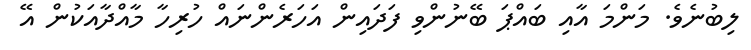
ލިބުނެވެ. މަންމަ އާއި ބައްޕަ ބޭނުންވި ފަދައިން އަހަރެންނައް ހުރިހާ މާއްދާއަކުން އޭ